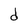
Character: d